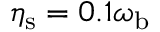
\eta _ { \mathrm { s } } = 0 . 1 \omega _ { \mathrm { b } }